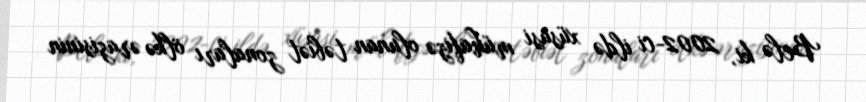
Belə ki, 2002-ci ildə xüsusi mühafizə olunan təbiət zonaları ölkə ərazisinin